Malaria in the Punjab - Number 46
Disease focus: Malaria
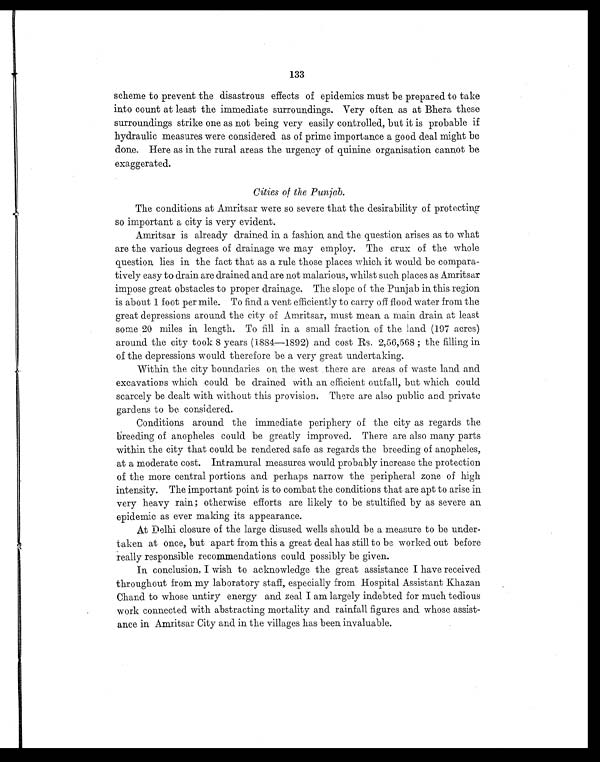
133
scheme to prevent the disastrous effects of epidemics must be prepared to take
into count at least the immediate surroundings. Very often as at Bhera these
surroundings strike one as not being very easily controlled, but it is probable if
hydraulic measures were considered as of prime importance a good deal might be
done. Here as in the rural areas the urgency of quinine organisation cannot be
exaggerated.
Cities of the Punjab.
The conditions at Amritsar were so severe that the desirability of protecting
so important a city is very evident.
Amritsar is already drained in a fashion and the question arises as to what
are the various degrees of drainage we may employ. The crux of the whole
question lies in the fact that as a rule those places which it would be compara-
tively easy to drain are drained and are not malarious, whilst such places as Amritsar
impose great obstacles to proper drainage. The slope of the Punjab in this region
is about 1 foot per mile. To find a vent efficiently to carry off flood water from the
great depressions around the city of Amritsar, must mean, a main drain at least
some 20 miles in length. To fill in a small fraction of the land. (197 acres)
around the city took 8 years (1884—1892) and cost Rs. 2,56,568 ; the filling in
of the depressions would therefore be a very great undertaking.
Within the city boundaries on the west there are areas of waste land and
excavations which could be drained with an efficient outfall, but which could
scarcely be dealt with without this provision. There are also public and private
gardens to be considered.
Conditions around the immediate periphery of the city as regards the
breeding of anopheles could be greatly improved. There are also many parts
within the city that could be rendered safe as regards the breeding of anopheles,
at a moderate cost. Intramural measures would probably increase the protection
of the more central portions and perhaps narrow the peripheral zone of high
intensity. The important point is to combat the conditions that are apt to arise in
very heavy rain; otherwise efforts are likely to be stultified by as severe an
epidemic as ever making its appearance.
At Delhi closure of the large disused wells should be a measure to be under-
taken at once, but apart from this a great deal has still to be worked out before
really responsible recommendations could possibly be given.
In conclusion, I wish to acknowledge the great assistance I have received
throughout from my laboratory staff, especially from Hospital Assistant Khazan
Chand to whose untiry energy and zeal I am largely indebted for much tedious
work connected with abstracting mortality and rainfall figures and whose assist-
ance in Amritsar City and in the villages has been invaluable.